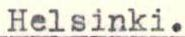
Helsinki.